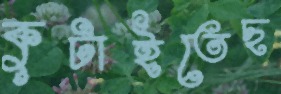
কুটাইতেছ